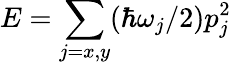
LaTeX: E=\sum_{j=x,y}(\hbar\omega_{j}/2)p_{j}^{2}